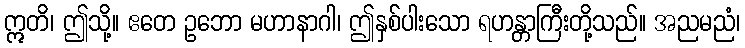
ဣတိ၊ ဤသို့။ ဧတေ ဥဘော မဟာနာဂါ၊ ဤနှစ်ပါးသော ရဟန္တာကြီးတို့သည်။ အညမညံ၊